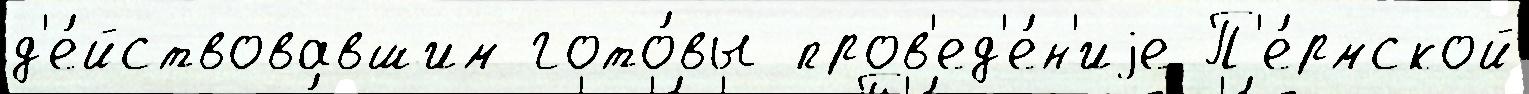
д'е́йствовавшим гото́вы пров'ед'е́н'иjе П'е́рмской